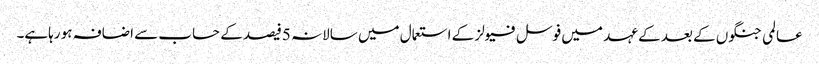
عالمی جنگوں کے بعد کے عہد میں فوسل فیولز کے استعمال میں سالانہ 5فیصد کے حساب سے اضافہ ہو رہاہے۔